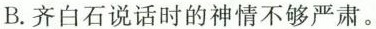
B.齐白石说话时的神情不够严肃。